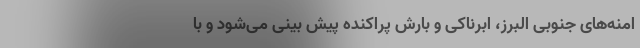
امنه‌های جنوبی البرز، ابرناکی و بارش ‌پراکنده ‌پیش بینی می‌شود و با